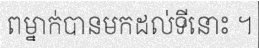
ពម្នាក់បានមកដល់ទីនោះ ។